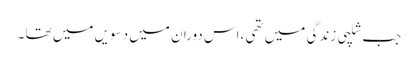
جب شلپی زندگی میں تھی ،اس دوران میں دسویں میں تھا ۔